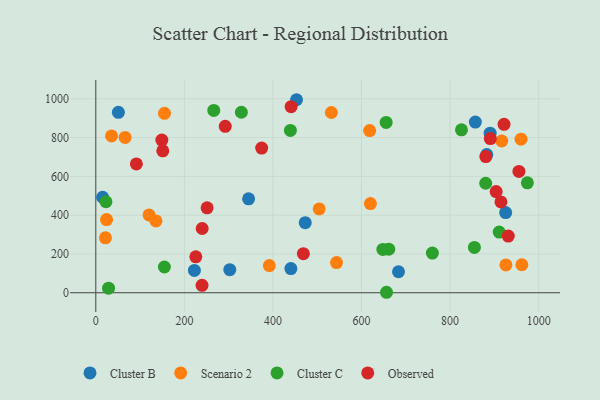
{"axis": {"x": "Investment", "y": "Yield"}, "legend": ["Cluster B", "Cluster C", "Observed", "Scenario 2"], "data": [{"x": "882.8", "y": 712.3, "type": "Cluster B"}, {"x": "890.4", "y": 822.6, "type": "Cluster B"}, {"x": "925.5", "y": 413.3, "type": "Cluster B"}, {"x": "472.9", "y": 361.1, "type": "Cluster B"}, {"x": "302.5", "y": 118.9, "type": "Cluster B"}, {"x": "857.0", "y": 880.1, "type": "Cluster B"}, {"x": "683.5", "y": 108.1, "type": "Cluster B"}, {"x": "51.0", "y": 930.3, "type": "Cluster B"}, {"x": "453.2", "y": 995.2, "type": "Cluster B"}, {"x": "15.4", "y": 492.3, "type": "Cluster B"}, {"x": "222.6", "y": 115.2, "type": "Cluster B"}, {"x": "345.0", "y": 484.0, "type": "Cluster B"}, {"x": "440.5", "y": 124.7, "type": "Cluster B"}, {"x": "618.3", "y": 836.2, "type": "Scenario 2"}, {"x": "24.3", "y": 377.2, "type": "Scenario 2"}, {"x": "120.2", "y": 401.2, "type": "Scenario 2"}, {"x": "962.0", "y": 144.2, "type": "Scenario 2"}, {"x": "504.4", "y": 432.0, "type": "Scenario 2"}, {"x": "66.2", "y": 800.6, "type": "Scenario 2"}, {"x": "916.6", "y": 782.4, "type": "Scenario 2"}, {"x": "35.6", "y": 808.6, "type": "Scenario 2"}, {"x": "620.0", "y": 459.9, "type": "Scenario 2"}, {"x": "21.8", "y": 283.4, "type": "Scenario 2"}, {"x": "926.0", "y": 143.3, "type": "Scenario 2"}, {"x": "531.9", "y": 929.3, "type": "Scenario 2"}, {"x": "391.9", "y": 140.2, "type": "Scenario 2"}, {"x": "155.1", "y": 925.2, "type": "Scenario 2"}, {"x": "960.2", "y": 791.9, "type": "Scenario 2"}, {"x": "135.8", "y": 370.5, "type": "Scenario 2"}, {"x": "543.5", "y": 155.4, "type": "Scenario 2"}, {"x": "655.6", "y": 878.3, "type": "Cluster C"}, {"x": "825.7", "y": 840.2, "type": "Cluster C"}, {"x": "154.9", "y": 132.7, "type": "Cluster C"}, {"x": "648.2", "y": 223.3, "type": "Cluster C"}, {"x": "661.5", "y": 224.4, "type": "Cluster C"}, {"x": "854.9", "y": 233.4, "type": "Cluster C"}, {"x": "974.5", "y": 566.5, "type": "Cluster C"}, {"x": "28.8", "y": 23.7, "type": "Cluster C"}, {"x": "760.0", "y": 204.6, "type": "Cluster C"}, {"x": "910.9", "y": 313.0, "type": "Cluster C"}, {"x": "439.4", "y": 837.0, "type": "Cluster C"}, {"x": "22.9", "y": 469.2, "type": "Cluster C"}, {"x": "266.4", "y": 939.9, "type": "Cluster C"}, {"x": "880.4", "y": 564.6, "type": "Cluster C"}, {"x": "656.4", "y": 2.4, "type": "Cluster C"}, {"x": "328.7", "y": 930.7, "type": "Cluster C"}, {"x": "890.8", "y": 795.1, "type": "Observed"}, {"x": "240.2", "y": 331.1, "type": "Observed"}, {"x": "880.7", "y": 702.0, "type": "Observed"}, {"x": "955.4", "y": 625.4, "type": "Observed"}, {"x": "292.3", "y": 858.2, "type": "Observed"}, {"x": "904.0", "y": 521.7, "type": "Observed"}, {"x": "468.7", "y": 201.3, "type": "Observed"}, {"x": "251.3", "y": 437.8, "type": "Observed"}, {"x": "151.2", "y": 731.8, "type": "Observed"}, {"x": "225.8", "y": 185.4, "type": "Observed"}, {"x": "374.5", "y": 745.8, "type": "Observed"}, {"x": "91.6", "y": 664.1, "type": "Observed"}, {"x": "149.1", "y": 786.9, "type": "Observed"}, {"x": "931.3", "y": 292.4, "type": "Observed"}, {"x": "441.0", "y": 959.4, "type": "Observed"}, {"x": "914.8", "y": 468.3, "type": "Observed"}, {"x": "239.9", "y": 38.4, "type": "Observed"}, {"x": "921.8", "y": 868.6, "type": "Observed"}]}